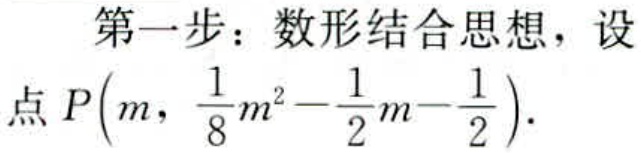
第一步：数形结合思想，设
点\(P\left(m,\frac{1}{8}m^{2}-\frac{1}{2}m - \frac{1}{2}\right)\).